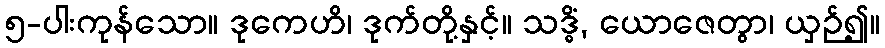
၅-ပါးကုန်သော။ ဒုကေဟိ၊ ဒုက်တို့နှင့်။ သဒ္ဓိံ, ယောဇေတွာ၊ ယှဉ်၍။